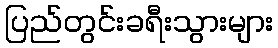
ပြည်တွင်းခရီးသွားများ